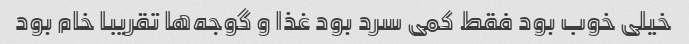
خیلی خوب بود فقط کمی سرد بود غذا و گوجه‌ها تقریبا خام بود